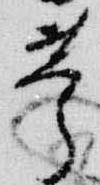
苧